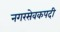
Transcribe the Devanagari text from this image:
नगरसेवकपदी